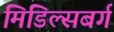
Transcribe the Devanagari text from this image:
मिडिल्सबर्ग